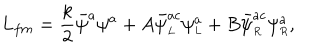
LaTeX: L _ { f m } = \frac { k } { 2 } \bar { \psi } ^ { a } \psi ^ { a } + A \bar { \psi } _ { \scriptscriptstyle L } ^ { a c } \psi _ { \scriptscriptstyle L } ^ { a } + B \bar { \psi } _ { \scriptscriptstyle R } ^ { a c } \psi _ { \scriptscriptstyle R } ^ { a } ,